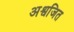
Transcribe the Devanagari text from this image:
अश्वजित